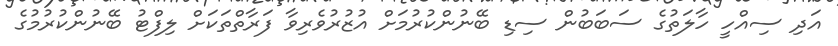
އަދި ސިއްހީ ހާލަތުގެ ސަބަބުން ސިޑި ބޭނުންކުރުމަށް އުޒުރުވެރިވާ ފަރާތްތަކަށް ލިފްޓު ބޭނުންކުރުމުގެ